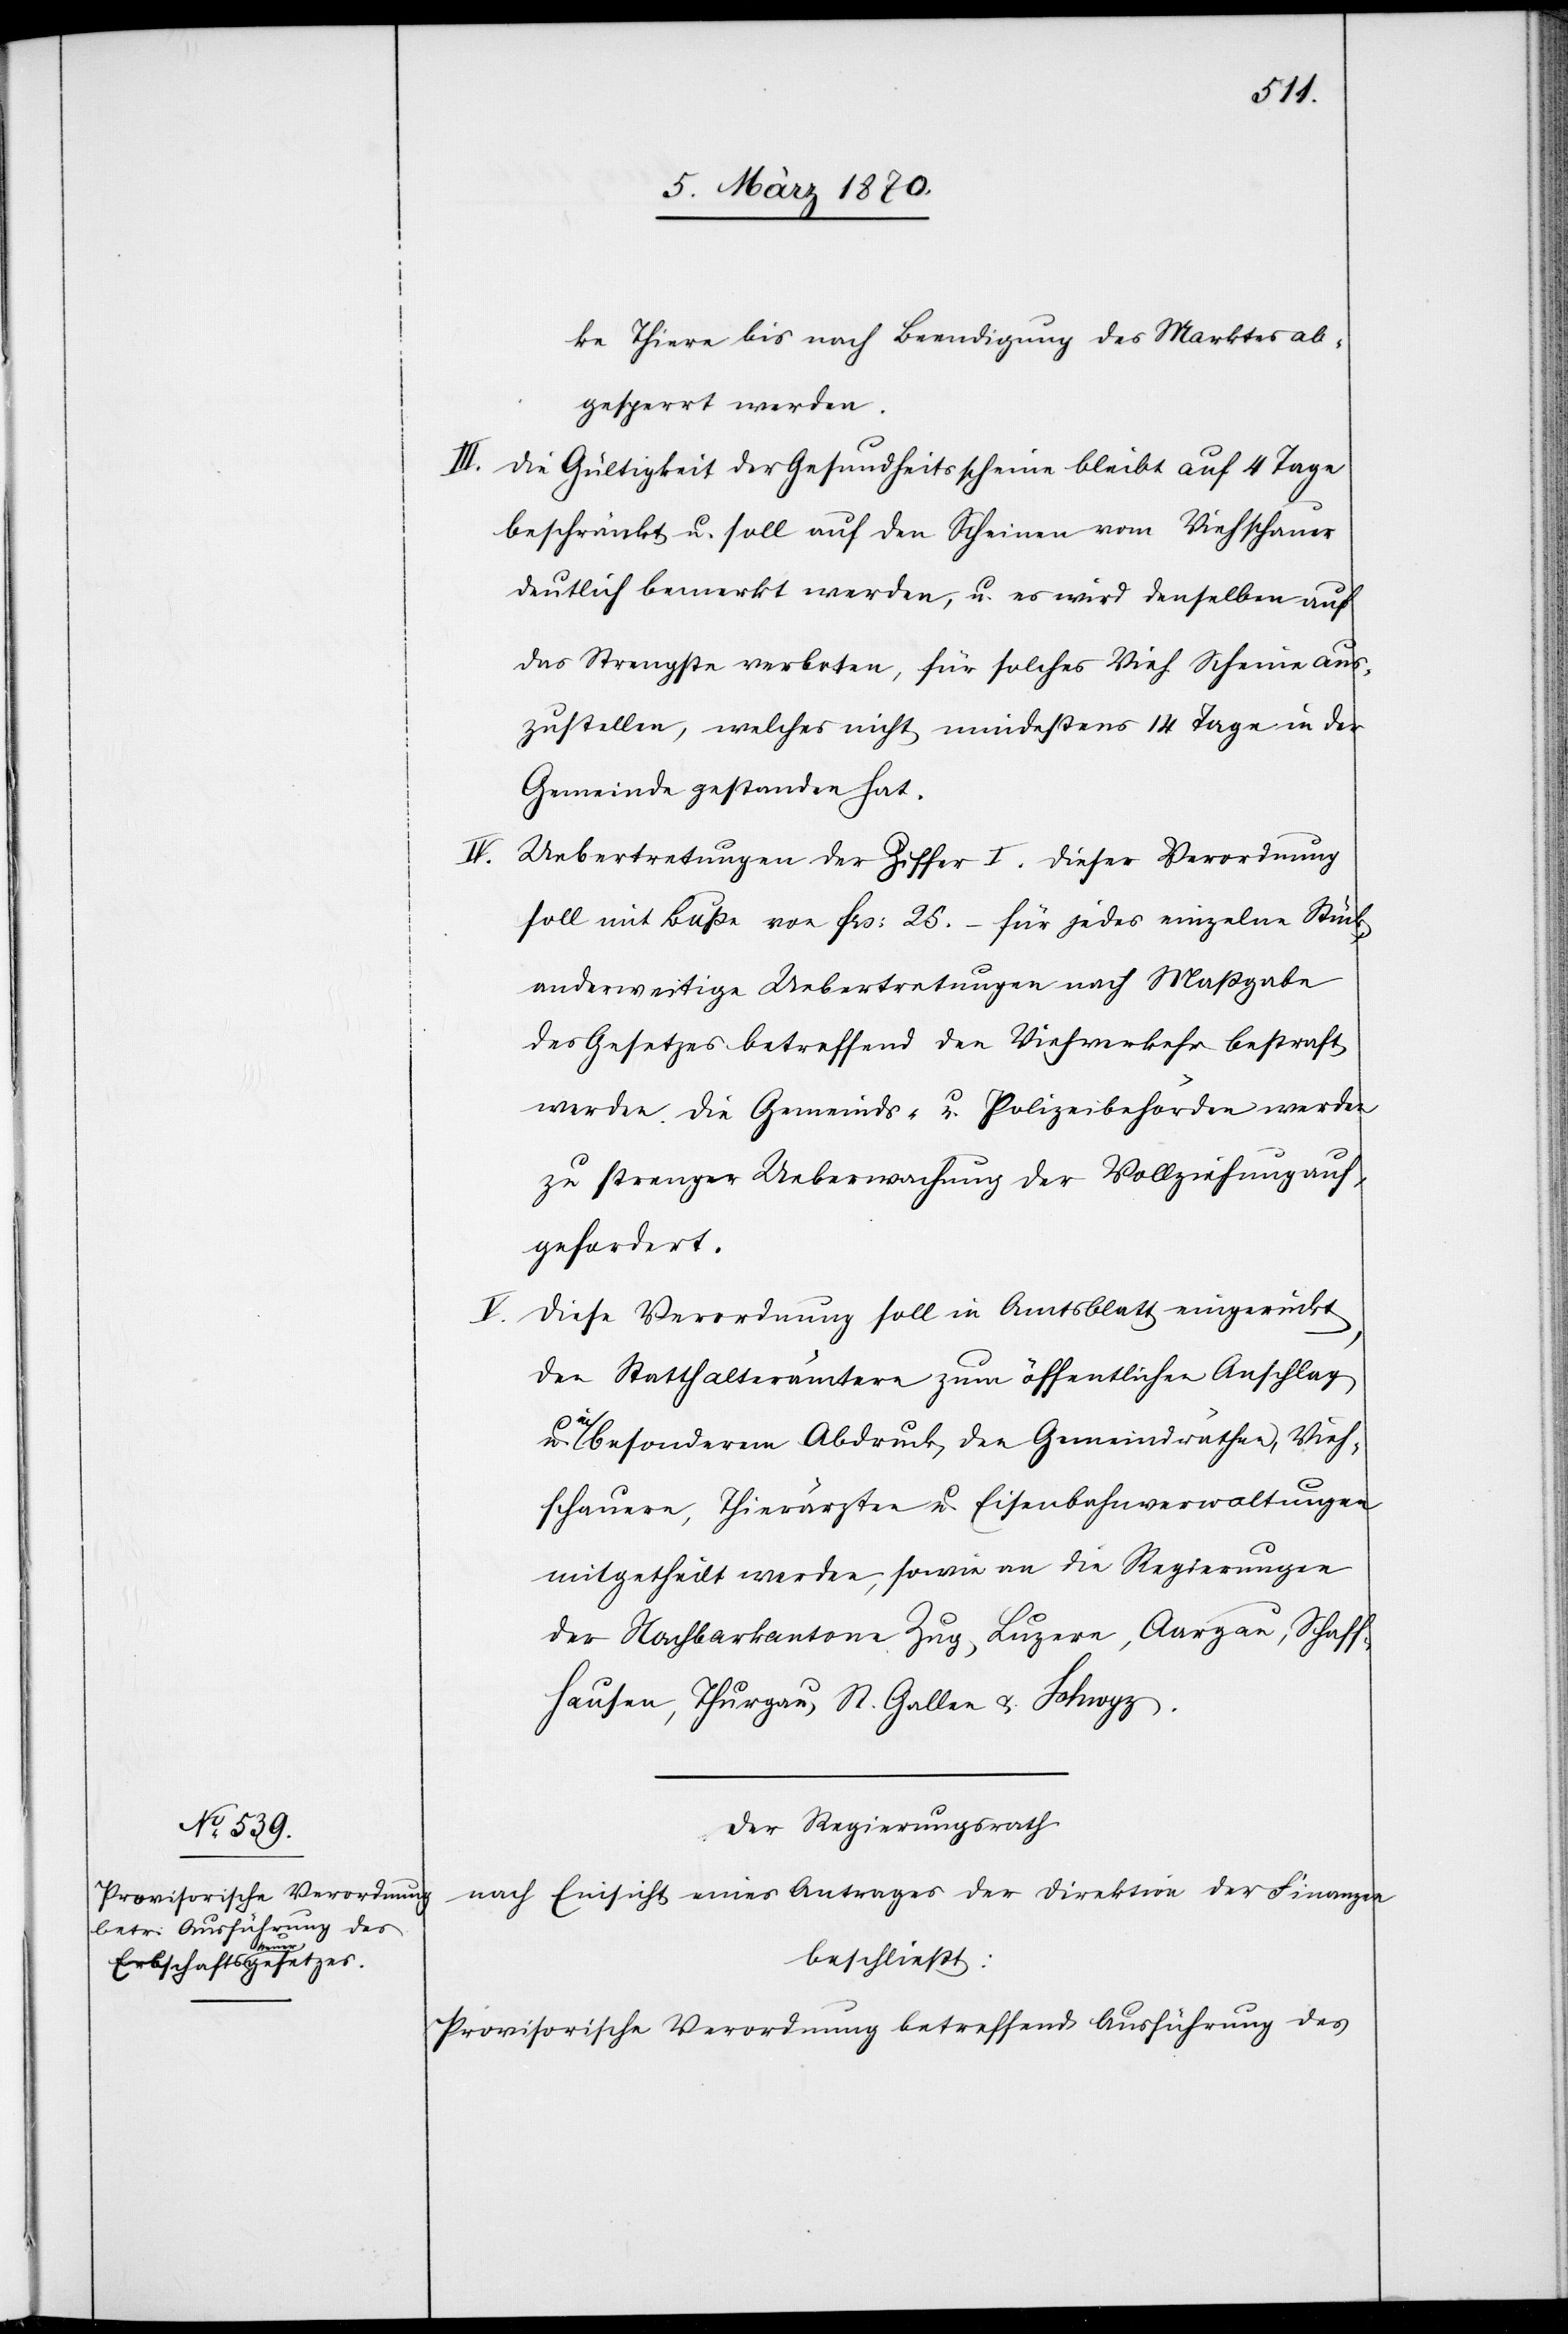
ke Thiere bis nach Beendigung des Marktes ab¬
gesperrt werden.
III. die Gültigkeit der Gesundheitsscheine bleibt auf 4 Tage
beschränkt u. soll auf den Scheinen vom Viehschauer
deutlich bemerkt werden, u. es wird denselben auf
das Strengste verboten, für solches Vieh Scheine aus¬
zustellen, welches nicht mindestens 14 Tage in der
Gemeinde gestanden hat.
Uebertretungen der Ziffer I. dieser Verordnung
soll mit Buße von frs: 25. – für jedes einzelne Stück,
anderweitige Uebertretungen nach Maßgabe
des Gesetzes betreffend den Viehverkehr bestraft
werden. Die Gemeinds- u. Polizeibehörden werden
zu strenger Ueberwachung der Vollziehung auf¬
gefordert.
Diese Verordnung soll in [sic!] Amtsblatt eingerückt,
den Statthalterämtern zum öffentlichen Anschlag
besonderem Abdruck, den Gemeindräthen, Vieh¬
schauern, Thierärzten u. Eisenbahnverwaltungen
mitgetheilt werden, sowie an die Regierungen
der Nachbarkantone Zug, Luzern, Aargau, Schaff¬
hausen, Thurgau u. Schwyz.
Der Regierungsrath
nach Einsicht eines Antrages der Direktion der Finanzen
beschließt:
Provisorische Verordnung betreffend Ausführung des